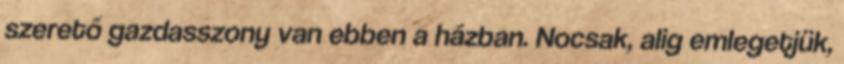
szerető gazdasszony van ebben a házban. Nocsak, alig emlegetjük,